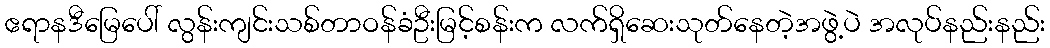
ဧရာနဒီမြေပေါ် လွန်းကျင်းသစ်တာဝန်ခံဦးမြင့်စန်းက လက်ရှိဆေးသုတ်နေတဲ့အဖွဲ့ပဲ အလုပ်နည်းနည်း